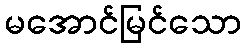
မအောင်မြင်သော